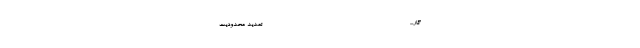
گار... ------------------------------------------------ تمدید محدودیت